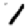
Digit: 1